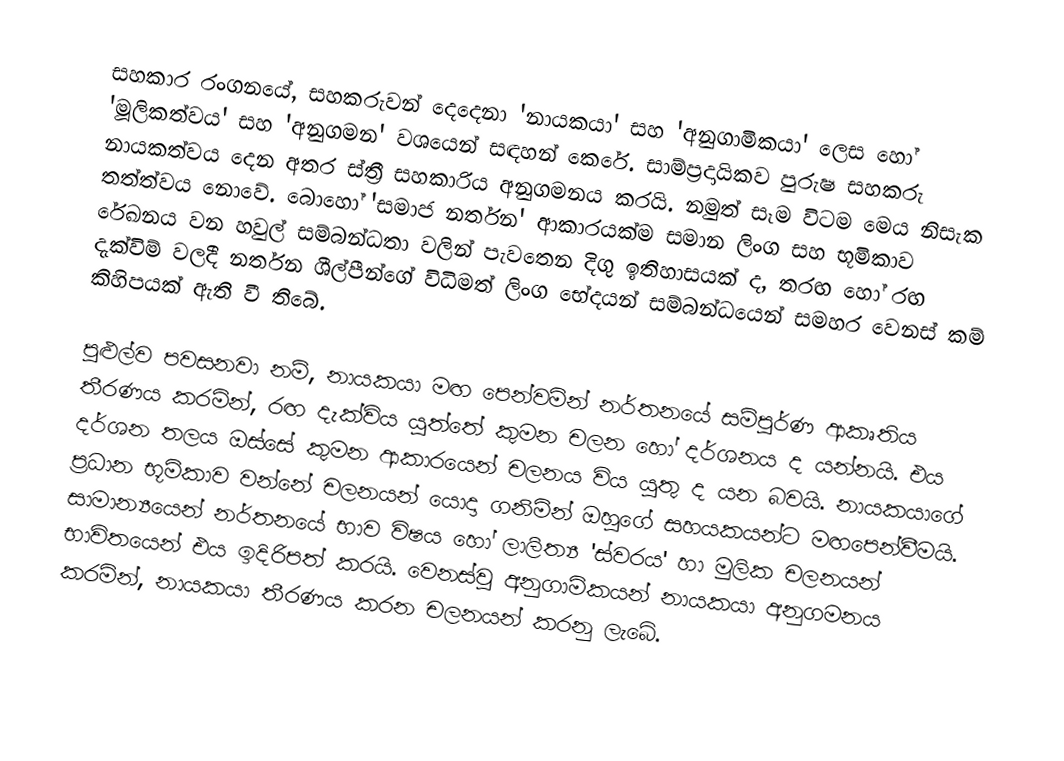
සහකාර රංගනයේ, සහකරුවන් දෙදෙනා 'නායකයා' සහ 'අනුගාමිකයා' ලෙස හෝ 'මූලිකත්වය' සහ 'අනුගමන' වශයෙන් සඳහන් කෙරේ. සාම්ප්‍රදායිකව පුරුෂ සහකරු නායකත්වය දෙන අතර ස්ත්‍රී සහකාරිය අනුගමනය කරයි. නමුත් සෑම විටම මෙය නිසැක තත්ත්වය නොවේ. බොහෝ 'සමාජ නර්තන' ආකාරයක්ම සමාන ලිංග සහ භූමිකාව රේඛනය වන හවුල් සම්බන්ධතා වලින් පැවතෙන දිගු ඉතිහාසයක් ද, තරඟ හෝ රඟ දැක්විම් වලදී නර්තන ශීල්පීන්ගේ විධිමත් ලිංග‍ භේදයන් සම්බන්ධයෙන් සමහර වෙනස් කම් කිහිපයක් ඇති වී තිබේ.

පුළුල්ව පවසනවා නම්, නායකයා මඟ පෙන්වමින් නර්තනයේ සම්පුර්ණ ආකෘතිය තීරණය කරමින්, රඟ දැක්විය යුත්තේ කුමන චලන හෝ දර්ශනය ද යන්නයි. එය දර්ශන තලය ඔස්සේ කුමන ආකාරයෙන් චලනය විය යුතු ද යන බවයි. නායකයාගේ ප්‍රධාන භූමිකාව වන්නේ චලනයන් යොදා ගනිමින් ඔහුගේ සහයකයන්ට මඟපෙන්වීමයි. සාමාන්‍යයෙන් නර්තනයේ භාව විෂය හෝ ලාලිත්‍ය 'ස්වරය' හා මුලික චලනයන් භාවිතයෙන් එය ඉදිරිපත් කරයි. වෙනස්වු අනුගාමිකයන් නායකයා අනුගමනය කරමින්, නායකයා තීරණය කරන චලනයන් කරනු ලැබේ.